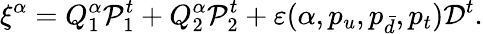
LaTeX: \xi^{\alpha}=Q_{1}^{\alpha}{\cal P}_{1}^{t}+Q_{2}^{\alpha}{\cal P}_{2}^{t}+\varepsilon(\alpha,p_{u},p_{\bar{d}},p_{t}){\cal D}^{t}.